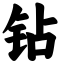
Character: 钻